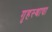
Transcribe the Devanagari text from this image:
गृहस्थाचा